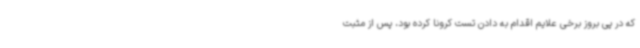
که در پی بروز برخی علایم اقدام به دادن تست کرونا کرده بود، پس از مثبت